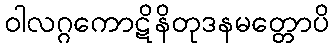
ဝါလဂ္ဂကောဋိနိတုဒနမတ္တောပိ